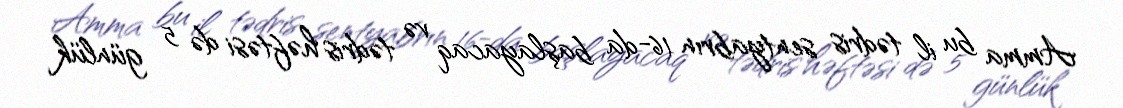
Amma bu il tədris sentyabrın 16-da başlayacaq və tədris həftəsi də 5 günlük